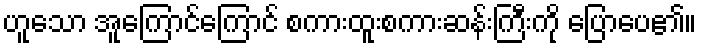
ဟူသော အူကြောင်ကြောင် စကားထူးစကားဆန်းကြီးကို ပြောပေ၏။